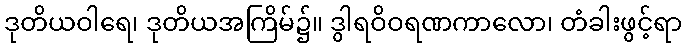
ဒုတိယဝါရေ၊ ဒုတိယအကြိမ်၌။ ဒွါရဝိဝရဏကာလော၊ တံခါးဖွင့်ရာ